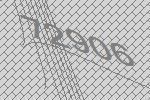
72906